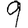
Digit: 9